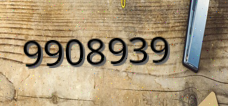
9908939